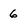
Character: 6